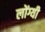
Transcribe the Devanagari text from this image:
लोंग्यी